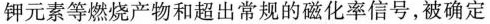
钾元素等燃烧产物和超出常规的磁化率信号，被确定